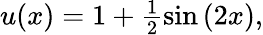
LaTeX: \begin{array}{r}{u(x)=1+\frac{1}{2}\sin{\left(2x\right)},}\end{array}